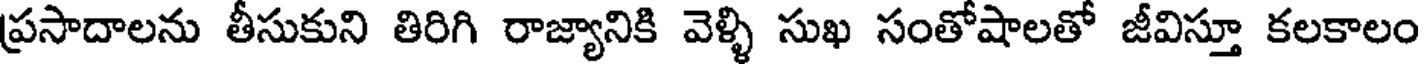
ప్రసాదాలను తీసుకుని తిరిగి రాజ్యానికి వెళ్ళి సుఖ సంతోషాలతో జీవిస్తూ కలకాలం